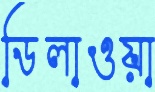
ডিলাওয়া